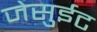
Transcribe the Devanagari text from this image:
जेसुईट